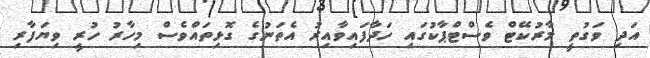
އަދި ވަގުތީ މާރުކޭޓް ވެސްޓްޕާކުގައި ހަދާފައިވާއިރު އެތަނުގެ ގޮޅިތައްވެސް މިހާރު ހުރީ ވިޔަފާރި